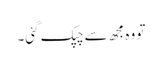
تو وہ مجھ سے چپک گئی۔